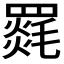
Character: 𮊛